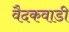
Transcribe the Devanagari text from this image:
वैदकवाडी